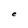
Character: e